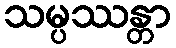
သမ္ပဿန္တာ